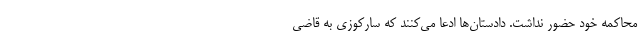
محاکمه خود حضور نداشت. دادستان‌ها ادعا می‌کنند که سارکوزی به قاضی